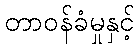
တာဝန်ခံမှုနှင့်